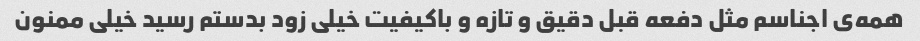
همه‌ی اجناسم مثل دفعه قبل دقیق و تازه و باکیفیت خیلی زود بدستم رسید خیلی ممنون